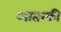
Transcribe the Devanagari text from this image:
आतन्की